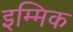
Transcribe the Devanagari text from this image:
इम्मिक